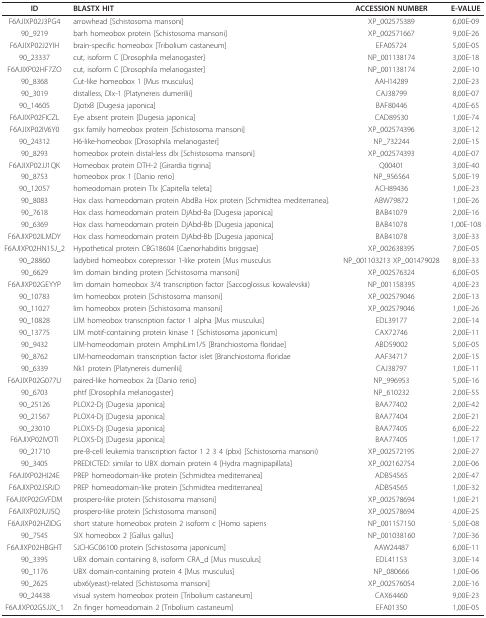
<table><thead><tr><td><b>ID</b></td><td><b>BLASTX HIT</b></td><td><b>ACCESSION NUMBER</b></td><td><b>E-VALUE</b></td></tr></thead><tbody><tr><td>F6AJIXP02J3PG4</td><td>arrowhead [Schistosoma mansoni]</td><td>XP_002575389</td><td>6,00E-09</td></tr><tr><td>90_9219</td><td>barh homeobox protein [Schistosoma mansoni]</td><td>XP_002571667</td><td>9,00E-26</td></tr><tr><td>F6AJIXP02J2YIH</td><td>brain-specific homeobox [Tribolium castaneum]</td><td>EFA05724</td><td>5,00E-05</td></tr><tr><td>90_23337</td><td>cut, isoform C [Drosophila melanogaster]</td><td>NP_001138174</td><td>3,00E-18</td></tr><tr><td>F6AJIXP02HF7ZO</td><td>cut, isoform C [Drosophila melanogaster]</td><td>NP_001138174</td><td>2,00E-10</td></tr><tr><td>90_8368</td><td>Cut-like homeobox 1 [Mus musculus]</td><td>AAH14289</td><td>2,00E-23</td></tr><tr><td>90_3019</td><td>distalless, Dlx-1 [Platynereis dumerilii]</td><td>CAJ38799</td><td>8,00E-07</td></tr><tr><td>90_14605</td><td>DjotxB [Dugesia japonica]</td><td>BAF80446</td><td>4,00E-65</td></tr><tr><td>F6AJIXP02FICZL</td><td>Eye absent protein [Dugesia japonica]</td><td>CAD89530</td><td>1,00E-74</td></tr><tr><td>F6AJIXP02IV6Y0</td><td>gsx family homeobox protein [Schistosoma mansoni]</td><td>XP_002574396</td><td>3,00E-12</td></tr><tr><td>90_24312</td><td>H6-like-homeobox [Drosophila melanogaster]</td><td>NP_732244</td><td>2,00E-15</td></tr><tr><td>90_8293</td><td>homeobox protein distal-less dlx [Schistosoma mansoni]</td><td>XP_002574393</td><td>4,00E-07</td></tr><tr><td>F6AJIXP02JJ1QK</td><td>Homeobox protein DTH-2 [Girardia tigrina]</td><td>Q00401</td><td>3,00E-40</td></tr><tr><td>90_8753</td><td>homeobox prox 1 [Danio rerio]</td><td>NP_956564</td><td>5,00E-19</td></tr><tr><td>90_12057</td><td>homeodomain protein Tlx [Capitella teleta]</td><td>ACH89436</td><td>1,00E-23</td></tr><tr><td>90_8083</td><td>Hox class homeodomain protein AbdBa Hox protein [Schmidtea mediterranea].</td><td>ABW79872</td><td>1,00E-26</td></tr><tr><td>90_7618</td><td>Hox class homeodomain protein DjAbd-Ba [Dugesia japonica]</td><td>BAB41079</td><td>2,00E-16</td></tr><tr><td>90_6369</td><td>Hox class homeodomain protein DjAbd-Bb [Dugesia japonica]</td><td>BAB41078</td><td>1,00E-108</td></tr><tr><td>F6AJIXP02ILMDY</td><td>Hox class homeodomain protein DjAbd-Bb [Dugesia japonica]</td><td>BAB41078</td><td>3,00E-33</td></tr><tr><td>F6AJIXP02HN15J_2</td><td>Hypothetical protein CBG18604 [Caenorhabditis briggsae]</td><td>XP_002638395</td><td>7,00E-05</td></tr><tr><td>90_28860</td><td>ladybird homeobox corepressor 1-like protein [Mus musculus</td><td>NP_001103213 XP_001479028</td><td>8,00E-33</td></tr><tr><td>90_6629</td><td>lim domain binding protein [Schistosoma mansoni]</td><td>XP_002576324</td><td>6,00E-05</td></tr><tr><td>F6AJIXP02GEYYP</td><td>lim domain homeobox 3/4 transcription factor [Saccoglossus kowalevskii)</td><td>NP_001158395</td><td>4,00E-23</td></tr><tr><td>90_10783</td><td>lim homeobox protein [Schistosoma mansoni]</td><td>XP_002579046</td><td>2,00E-13</td></tr><tr><td>90_11027</td><td>lim homeobox protein [Schistosoma mansoni]</td><td>XP_002579046</td><td>1,00E-26</td></tr><tr><td>90_10828</td><td>LIM homeobox transcription factor 1 alpha [Mus musculus]</td><td>EDL39177</td><td>2,00E-14</td></tr><tr><td>90_13775</td><td>LIM motif-containing protein kinase 1 [Schistosoma japonicum]</td><td>CAX72746</td><td>2,00E-11</td></tr><tr><td>90_9432</td><td>LIM-homeodomain protein AmphiLim1/5 [Branchiostoma floridae]</td><td>ABD59002</td><td>5,00E-05</td></tr><tr><td>90_8762</td><td>LIM-homeodomain transcription factor islet [Branchiostoma floridae</td><td>AAF34717</td><td>2,00E-15</td></tr><tr><td>90_6339</td><td>Nk1 protein [Platynereis dumerilii]</td><td>CAJ38797</td><td>1,00E-11</td></tr><tr><td>F6AJIXP02G077U</td><td>paired-like homeobox 2a [Danio rerio]</td><td>NP_996953</td><td>5,00E-16</td></tr><tr><td>90_6703</td><td>phtf [Drosophila melanogaster]</td><td>NP_610232</td><td>2,00E-55</td></tr><tr><td>90_25126</td><td>PLOX2-Dj [Dugesia japonica]</td><td>BAA77402</td><td>2,00E-42</td></tr><tr><td>90_21567</td><td>PLOX4-Dj [Dugesia japonica]</td><td>BAA77404</td><td>2,00E-21</td></tr><tr><td>90_23010</td><td>PLOX5-Dj [Dugesia japonica]</td><td>BAA77405</td><td>6,00E-22</td></tr><tr><td>F6AJIXP02IVOTI</td><td>PLOX5-Dj [Dugesia japonica]</td><td>BAA77405</td><td>1,00E-17</td></tr><tr><td>90_21710</td><td>pre-B-cell leukemia transcription factor 1 2 3 4 (pbx) [Schistosoma mansoni)</td><td>XP_002572195</td><td>2,00E-27</td></tr><tr><td>90_3405</td><td>PREDICTED: similar to UBX domain protein 4 [Hydra magnipapillata]</td><td>XP_002162754</td><td>2,00E-06</td></tr><tr><td>F6AJIXP02HI24E</td><td>PREP homeodomain-like protein [Schmidtea mediterranea]</td><td>ADB54565</td><td>2,00E-47</td></tr><tr><td>F6AJIXP02JSRJD</td><td>PREP homeodomain-like protein [Schmidtea mediterranea]</td><td>ADB54565</td><td>1,00E-32</td></tr><tr><td>F6AJIXP02GVFDM</td><td>prospero-like protein [Schistosoma mansoni]</td><td>XP_002578694</td><td>1,00E-21</td></tr><tr><td>F6AJIXP02IUJ5Q</td><td>prospero-like protein [Schistosoma mansoni]</td><td>XP_002578694</td><td>4,00E-25</td></tr><tr><td>F6AJIXP02HZIDG</td><td>short stature homeobox protein 2 isoform c [Homo sapiens</td><td>NP_001157150</td><td>5,00E-08</td></tr><tr><td>90_7545</td><td>SIX homeobox 2 [Gallus gallus]</td><td>NP_001038160</td><td>7,00E-36</td></tr><tr><td>F6AJIXP02HBGHT</td><td>SJCHGC06100 protein [Schistosoma japonicum]</td><td>AAW24487</td><td>6,00E-11</td></tr><tr><td>90_3395</td><td>UBX domain containing 8, isoform CRA_d [Mus musculus]</td><td>EDL41153</td><td>3,00E-14</td></tr><tr><td>90_1176</td><td>UBX domain-containing protein 4 [Mus musculus]</td><td>NP_080666</td><td>1,00E-06</td></tr><tr><td>90_2625</td><td>ubx6(yeast)-related [Schistosoma mansoni]</td><td>XP_002576054</td><td>2,00E-16</td></tr><tr><td>90_24438</td><td>visual system homeobox protein [Tribolium castaneum]</td><td>CAX64460</td><td>9,00E-23</td></tr><tr><td>F6AJIXP02G5JJX_1</td><td>Zn finger homeodomain 2 [Tribolium castaneum]</td><td>EFA01350</td><td>1,00E-05</td></tr></tbody></table>